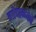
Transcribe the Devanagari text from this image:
गोपाळवेषें